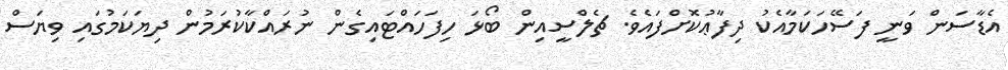
އެޑާސަން ވަނީ ފަސޭހަކަމާއެކު ދިފާޢުކޮށްފައެވެ. ޗެލްސީއިން ބޯޅަ ހިފަހައްޓައިގެން ނުރައްކާކުރަމުން ދިޔަކަމުގައި ވިޔަސް